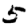
Digit: 5